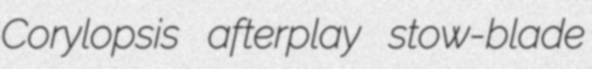
Corylopsis afterplay stow-blade